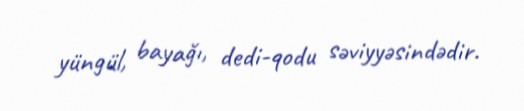
yüngül, bayağı, dedi-qodu səviyyəsindədir.